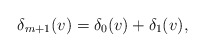
\begin{align*} \delta_{m+1}(v)=\delta_0(v)+\delta_1(v),\end{align*}